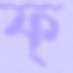
ফ্